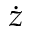
\dot { z }